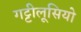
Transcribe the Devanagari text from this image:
गट्टीलूसियो